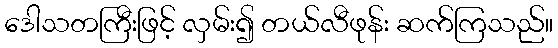
ဒေါသတကြီးဖြင့် လှမ်း၍ တယ်လီဖုန်း ဆက်ကြသည်။